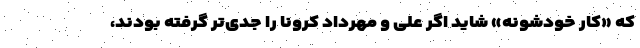
که «کار خودشونه» شاید اگر علی و مهرداد کرونا را جدی‌تر گرفته بودند،